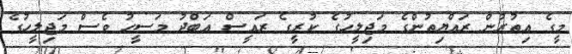
މީގެ އިތުރުން ރައްޔިތުންގެ މަޖިލީހުގެ ކުރީގެ ރައީސް އަބްދު މަސީހު ވެސް މަޖިލީހުގެ